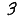
Digit: 3